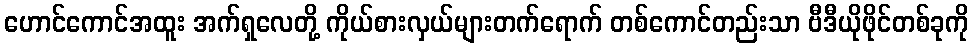
ဟောင်ကောင်အထူး အက်ရှလေတို့ ကိုယ်စားလှယ်များတက်ရောက် တစ်ကောင်တည်းသာ ဗီဒီယိုဖိုင်တစ်ခုကို